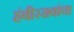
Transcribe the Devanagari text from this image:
हंबीररावांचा